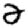
Digit: 2